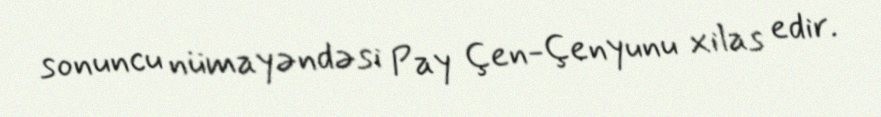
sonuncu nümayəndəsi Pay Çen-Çenyunu xilas edir.